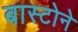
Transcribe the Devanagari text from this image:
बास्टोने